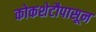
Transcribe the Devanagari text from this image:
कोकशेटौपासून